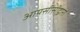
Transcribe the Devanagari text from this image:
आयसीसीद्वारा